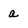
Character: a